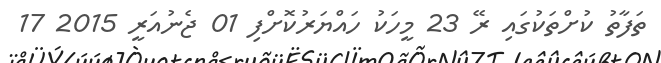
ތަފާތު ކުށްތަކުގައި ރޭ 23 މީހަކު ހައްޔަރުކޮށްފި 01 ޖެނުއަރީ 2015 17